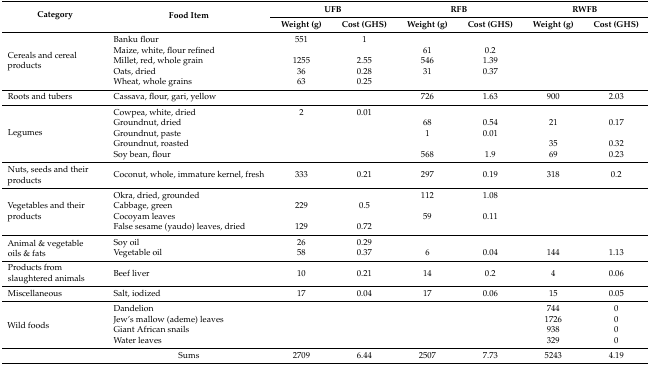
<table><thead><tr><td rowspan="2"><b>Category</b></td><td rowspan="2"><b>Food Item</b></td><td colspan="2"><b>UFB</b></td><td colspan="2"><b>RFB</b></td><td colspan="2"><b>RWFB</b></td></tr><tr><td><b>Weight (g)</b></td><td><b>Cost (GHS)</b></td><td><b>Weight (g)</b></td><td><b>Cost (GHS)</b></td><td><b>Weight (g)</b></td><td><b>Cost (GHS)</b></td></tr></thead><tbody><tr><td rowspan="5">Cereals and cereal products</td><td>Banku flour</td><td>551</td><td>1</td><td></td><td></td><td></td><td></td></tr><tr><td>Maize, white, flour refined</td><td></td><td></td><td>61</td><td>0.2</td><td></td><td></td></tr><tr><td>Millet, red, whole grain</td><td>1255</td><td>2.55</td><td>546</td><td>1.39</td><td></td><td></td></tr><tr><td>Oats, dried</td><td>36</td><td>0.28</td><td>31</td><td>0.37</td><td></td><td></td></tr><tr><td>Wheat, whole grains</td><td>63</td><td>0.25</td><td></td><td></td><td></td><td></td></tr><tr><td>Roots and tubers</td><td>Cassava, flour, gari, yellow</td><td></td><td></td><td>726</td><td>1.63</td><td>900</td><td>2.03</td></tr><tr><td rowspan="5">Legumes </td><td>Cowpea, white, dried</td><td>2</td><td>0.01</td><td></td><td></td><td></td><td></td></tr><tr><td>Groundnut, dried</td><td></td><td></td><td>68</td><td>0.54</td><td>21</td><td>0.17</td></tr><tr><td>Groundnut, paste</td><td></td><td></td><td>1</td><td>0.01</td><td></td><td></td></tr><tr><td>Groundnut, roasted</td><td></td><td></td><td></td><td></td><td>35</td><td>0.32</td></tr><tr><td>Soy bean, flour</td><td></td><td></td><td>568</td><td>1.9</td><td>69</td><td>0.23</td></tr><tr><td>Nuts, seeds and their products</td><td>Coconut, whole, immature kernel, fresh</td><td>333</td><td>0.21</td><td>297</td><td>0.19</td><td>318</td><td>0.2</td></tr><tr><td rowspan="4">Vegetables and their products</td><td>Okra, dried, grounded</td><td></td><td></td><td>112</td><td>1.08</td><td></td><td></td></tr><tr><td>Cabbage, green</td><td>229</td><td>0.5</td><td></td><td></td><td></td><td></td></tr><tr><td>Cocoyam leaves</td><td></td><td></td><td>59</td><td>0.11</td><td></td><td></td></tr><tr><td>False sesame (yaudo) leaves, dried</td><td>129</td><td>0.72</td><td></td><td></td><td></td><td></td></tr><tr><td rowspan="2">Animal &amp; vegetable oils &amp; fats</td><td>Soy oil</td><td>26</td><td>0.29</td><td></td><td></td><td></td><td></td></tr><tr><td>Vegetable oil</td><td>58</td><td>0.37</td><td>6</td><td>0.04</td><td>144</td><td>1.13</td></tr><tr><td>Products from slaughtered animals</td><td>Beef liver</td><td>10</td><td>0.21</td><td>14</td><td>0.2</td><td>4</td><td>0.06</td></tr><tr><td>Miscellaneous</td><td>Salt, iodized</td><td>17</td><td>0.04</td><td>17</td><td>0.06</td><td>15</td><td>0.05</td></tr><tr><td rowspan="4">Wild foods</td><td>Dandelion</td><td></td><td></td><td></td><td></td><td>744</td><td>0</td></tr><tr><td>Jew’s mallow (ademe) leaves</td><td></td><td></td><td></td><td></td><td>1726</td><td>0</td></tr><tr><td>Giant African snails</td><td></td><td></td><td></td><td></td><td>938</td><td>0</td></tr><tr><td>Water leaves</td><td></td><td></td><td></td><td></td><td>329</td><td>0</td></tr><tr><td></td><td>Sums</td><td>2709</td><td>6.44</td><td>2507</td><td>7.73</td><td>5243</td><td>4.19</td></tr></tbody></table>